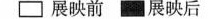
展映前 展映后